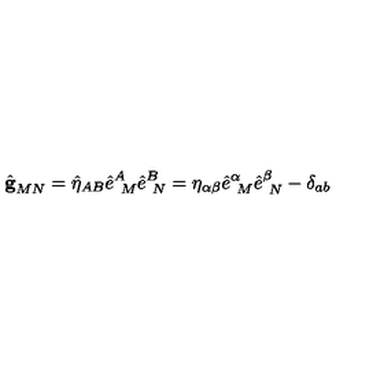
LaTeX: \hat { { \bf g } } _ { M N } = \hat { \eta } _ { A B } \hat { e } _ { \ M } ^ { A } \hat { e } _ { \ N } ^ { B } = \eta _ { \alpha \beta } \hat { e } _ { \ M } ^ { \alpha } \hat { e } _ { \ N } ^ { \beta } - \delta _ { a b }